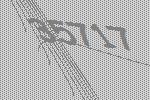
35717